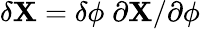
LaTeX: \delta{\mathbf X}=\delta\phi\; \partial{\mathbf X}/\partial\phi